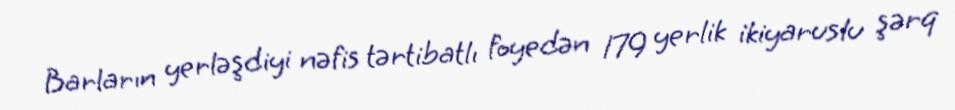
Barların yerləşdiyi nəfis tərtibatlı foyedən 179 yerlik ikiyaruslu şərq